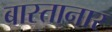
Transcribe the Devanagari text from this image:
बास्तानार